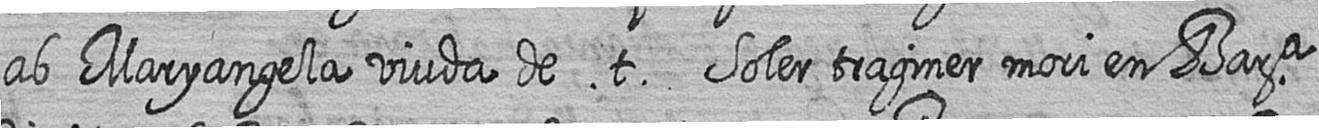
ab Maryangela viuda de t Soler traginer mori en Bara